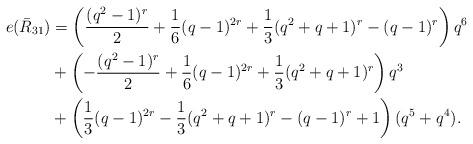
LaTeX: \begin{align*}e(\bar R_{31}) &=\left(\frac{(q^2-1)^r}2+\frac16 (q-1)^{2r} + \frac13 (q^2+q+1)^r - (q-1)^r \right) q^6 \\ & + \left(- \frac{(q^2-1)^r}2+\frac16 (q-1)^{2r} + \frac13 (q^2+q+1)^r\right) q^3 \\ &+ \left(\frac13 (q-1)^{2r} -\frac13 (q^2+q+1)^r -(q-1)^r+1\right) (q^5+q^4). \end{align*}